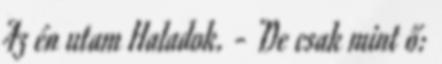
Az én utam Haladok. - De csak mint ő: